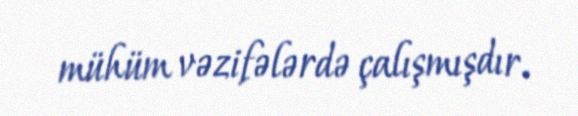
mühüm vəzifələrdə çalışmışdır.